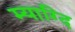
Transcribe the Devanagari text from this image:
म्याग्दि